Lunatic asylums Central Provinces reports 1886-1894 - 1886-1894
Year: 1886
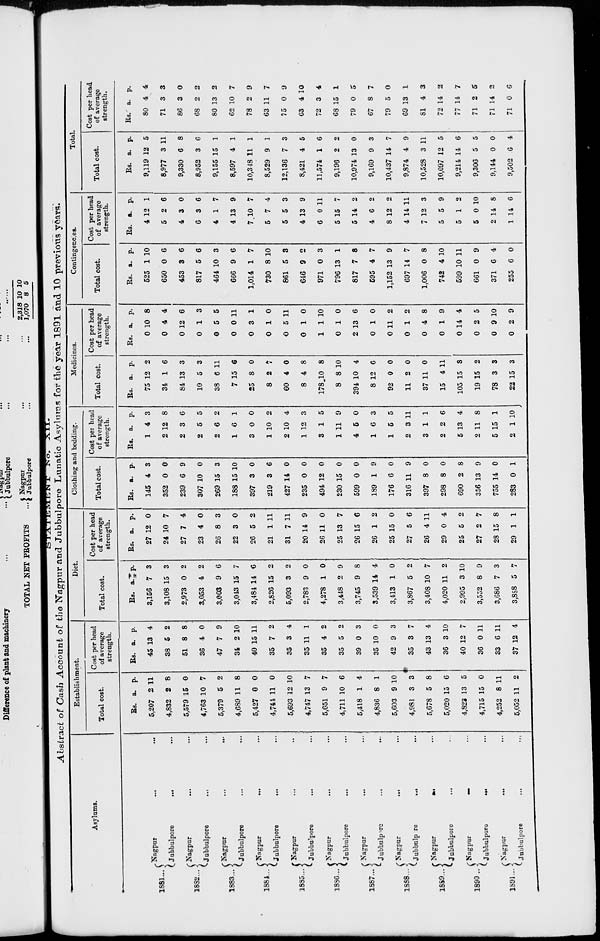
STATEMENT
No.
XII.
Abstract of Cash Account of the Nagpur and Jubbulpore Lunatic Asylums for the year 1891 and 10 previous years.
Asylums.
1881 ...
1882 ...
1883 ...
1884 ...
1885 ...
1886 ...
1887 ...
1888 ...
1889 ...
1890 ..
1891 ...
Nagpur
...
...
Jubbulpore
...
...
Nagpur ... ...
Jubbulpore
...
...
Nagpur
...
...
Jubbulpore
...
...
Nagpur
...
...
Jubbulpore
...
...
Nagpur ... ...
Jubbulpore
...
...
Nagpur
...
...
Jubbulpore
...
...
Nagpur ... ...
Jubbulpore
...
...
Nagpur
...
...
Jubbulpore
...
...
Nagpur
...
...
Jubbulpore
...
...
Nagpur
...
...
Jubbulpore
...
...
Nagpur
...
...
Jubbulpore ... ...
Establishment.
Total cost.
Rs.
5,207
4,832
5,579
4,763
5,379
4,689
5,427
4,744
5,693
4,747
5,651
4,711
5,418
4,836
5,603
4,981
5,678
5,020
4,823
4,715
4,252
5,052
a.
2
2
15
10
5
11
0
11
12
13
9
10
1
8
9
3
5
15
13
15
8
11
p.
11
8
0
7
2
8
0
0
10
7
7
6
4
1
10
3
8
6
5
0
11
2
Cost per head
of average
strength.
Rs.
45
38
51
36
47
34
40
35
35
35
35
35
39
35
42
35
43
36
40
36
33
37
a.
13
5
8
4
7
2
15
7
3
11
4
5
0
10
9
3
13
3
12
0
6
12
p.
4
2
8
0
9
10
11
2
4
1
2
2
3
0
3
7
4
10
7
11
11
4
Diet.
Total cost.
Rs.
3,156
3,108
2,973
3,053
3,003
3,043
3,484
2,826
5,093
2,783
4,278
3,448
3,745
3,539
3,413
3,867
3,408
4,020
2,995
3,552
3,686
3,888
a.
7
15
0
4
9
15
14
15
3
9
1
2
9
14
1
5
10
11
3
8
7
5
p.
3
3
2
2
6
7
6
2
2
0
0
9
8
4
0
2
7
2
10
9
3
7
Cost per head
of average
strength.
Rs.
27
24
27
23
26
22
26
21
31
20
26
25
26
26
25
27
26
29
25
27
28
29
a.
12
10
7
4
8
3
5
1
7
14
11
13
15
1
15
5
4
0
5
2
15
1
p.
0
7
4
0
3
0
2
11
11
9
0
7
6
2
0
6
11
4
2
7
8
1
Clothing and bedding.
Total cost.
Rs.
145
352
239
307
269
188
397
219
427
235
494
230
599
189
176
316
397
298
690
356
755
283
a.
4
0
6
10
p.
3
0
9
0
15 3
15
3
3
14
0
12
15
0
1
6
11
8
8
2
13
14
0
10
0
6
0
0
0
0
0
9
0
9
0
0
8
9
0
1
Cost per head
of average
strength.
Rs.
1
2
2
2
2
1
3
1
2
1
3
1
4
1
1
2
3
2
5
2
5
2
a.
4
12
3
5
6
6
0
10
10
12
1
11
5
6
5
3
1
2
13
11
15
1
p.
3
8
6
5
2
1
0
2
4
3
5
9
0
3
5
11
1
6
4
8
1
10
Medicines.
Total cost.
Rs.
75
34
84
10
38
7
25
8
60
8
178
8
394
8
92
11
37
15
105
19
78
22
a.
12
1
13
5
6
15
8
2
4
4
10
8
10
12
0
2
11
4
15
15
3
15
p.
2
6
3
3
11
6
0
7
0
8
8
10
4
6
0
0
0
11
8
2
3
3
Cost per head
of average
strength.
Rs.
0
0
0
0
0
0
0
0
0
0
1
0
2
0
0
0
0
0
0
0
0
0
a.
10
4
12
1
5
0
3
1
5
1
1
1
13
1
11
1
4
1
14
2
9
2
p.
8
4
6
3
5
11
1
0
11
0
10
0
6
0
2
2
8
9
4
5
10
9
Contingences.
Total cost.
Rs.
525
650
453
817
464
666
1,014
730
861
646
971
796
817
595
1,152
697
1,006
742
599
661
371
255
a.
1
0
3
5
10
9
1
8
5
9
0
13
7
4
13
14
0
4
10
0
6
6
p.
10
6
6
6
3
6
7
10
3
2
3
1
8
7
9
7
8
10
11
9
4
0
Cost per head
of average
strength.
Rs.
4
5
4
6
4
4
7
5
5
4
6
5
5
4
8
4
7
5
5
5
2
1
a.
12
2
3
3
1
13
10
7
5
13
0
15
14
6
12
14
12
5
1
0
14
14
p.
1
6
0
6
7
9
7
4
3
9
11
7
2
2
0
11
3
9
2
10
8
6
Total.
Total cost.
Rs.
9,119
8,977
9,330
8,952
9,155
8,597
10,348
8,529
12,136
8,421
11,574
9,196
10,974
9,169
10,437
9,874
10,528
10,097
9,214
9,306
9,144
9,502
a.
12
3
6
3
15
4
11
9
7
4
1
2
13
9
14
4
3
12
14
5
0
6
p.
5
11
8
6
1
1
1
1
3
5
6
2
0
3
7
9
11
5
6
5
0
4
Cost per head
of average
strength.
Rs.
80
71
86
68
80
62
78
63
75
63
72
68
79
67
79
69
81
72
77
71
71
71
a.
4
3
3
2
13
10
2
11
0
4
3
15
0
8
5
13
4
14
14
2
14
0
p.
4
3
0
2
2
7
9
7
9
10
4
1
5
7
0
1
3
2
7
5
2
6